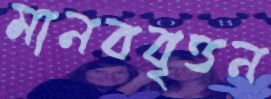
মানববৃত্তন